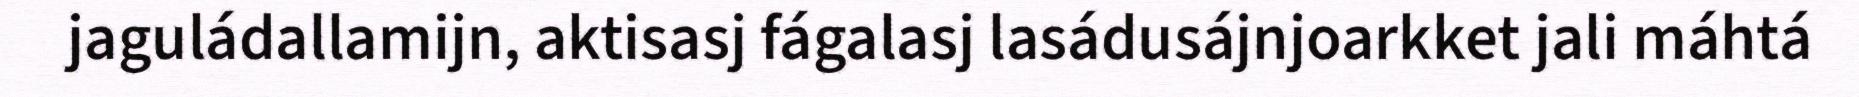
jaguládallamijn, aktisasj fágalasj lasádusájnjoarkket jali máhtá